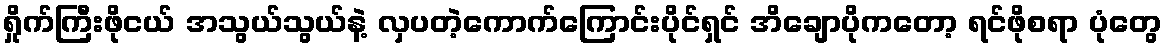
ရှိုက်ကြီးဖိုငယ် အသွယ်သွယ်နဲ့ လှပတဲ့ကောက်ကြောင်းပိုင်ရှင် အိချောပိုကတော့ ရင်ဖိုစရာ ပုံတွေ